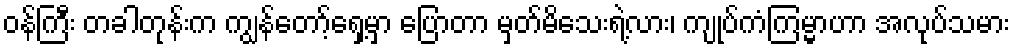
ဝန်ကြီး တခါတုန်းက ကျွန်တော့်ရှေ့မှာ ပြောတာ မှတ်မိသေးရဲ့လား၊ ကျုပ်ကံကြမ္မာဟာ အလုပ်သမား